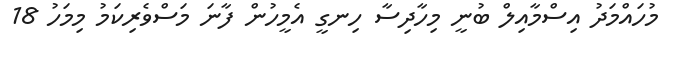
މުހައްމަދު އިސްމާއިލް ބުނީ މިހާދިސާ ހިނގީ އެމީހުން ފާނަ މަސްވެރިކަމު މިމަހު 18